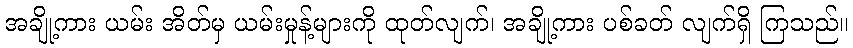
အချို့ကား ယမ်း အိတ်မှ ယမ်းမှုန့်များကို ထုတ်လျက်၊ အချို့ကား ပစ်ခတ် လျက်ရှိ ကြသည်။